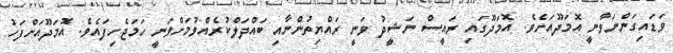
ވަޑައިގަންނަވާނީ އޮމަދޫއަށެވެ. އޮމަދޫގައި ރައީސް ނަޝީދު ވަނީ ރައްޔިތުންނާއި ބައްދަލްކުރެއްވުމަށްވަނީ ހަމަޖެހިފައެވެ. އޮމަދޫއަށްފަހު